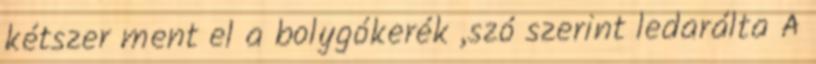
kétszer ment el a bolygókerék ,szó szerint ledarálta A